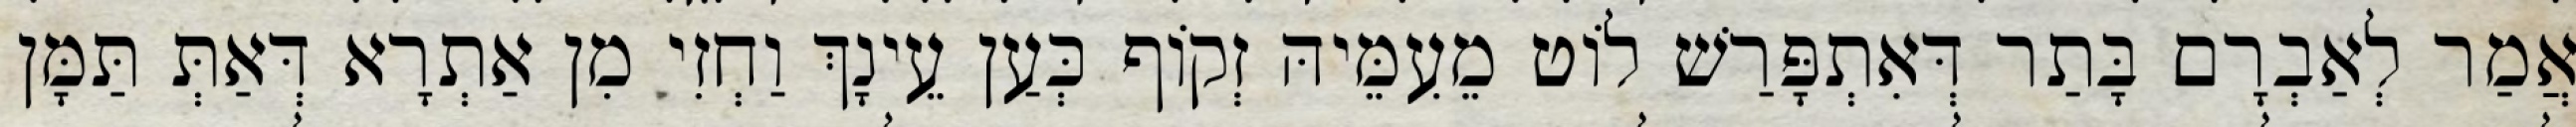
אֲמַר לְאַבְרָם בָּתַר דְּאִתְפָּרַשׁ לוֹט מֵעִמֵּיהּ זְקוֹף כְּעַן עֵינָךְ וַחְזִי מִן אַתְרָא דְּאַתְּ תַּמָּן